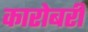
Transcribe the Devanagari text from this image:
कारोबरी